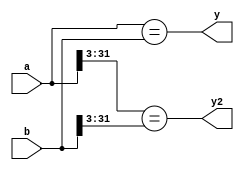
module equal (
    input [31:0] a,
    input [31:0] b,
    output y,
    output y2
);

    assign y = (a == b);
    assign y2 = (a[31:3] == b[31:3]);

endmodule